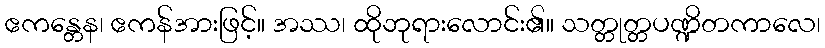
ဧကန္တေန၊ ဧကန်အားဖြင့်။ အဿ၊ ထိုဘုရားလောင်း၏။ သတ္တုတ္တပဏ္ဍိတကာလေ၊